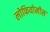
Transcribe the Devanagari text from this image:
लोफियोमीस